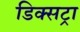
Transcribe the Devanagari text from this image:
डिक्सट्रा